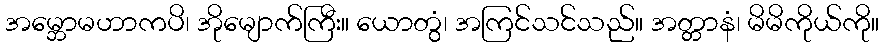
အမ္ဘောမဟာကပိ၊ အိုမျောက်ကြီး။ ယောတွံ၊ အကြင်သင်သည်။ အတ္တာနံ၊ မိမိကိုယ်ကို။